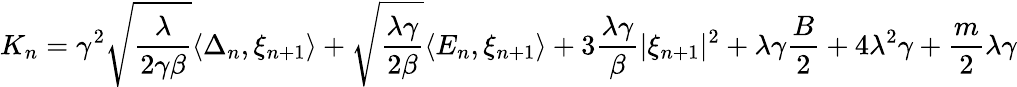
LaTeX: K_{n}=\gamma^{2}\sqrt{\frac{\lambda}{2\gamma\beta}}\langle\Delta_{n},\xi_{n+1}\rangle+\sqrt{\frac{\lambda\gamma}{2\beta}}\langle E_{n},\xi_{n+1}\rangle+3\frac{\lambda\gamma}{\beta}|\xi_{n+1}|^{2}+\lambda\gamma\frac{B}{2}+4\lambda^{2}\gamma+\frac{m}{2}\lambda\gamma